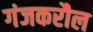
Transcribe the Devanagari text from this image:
गंजकरौल